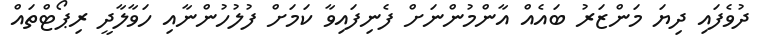
ދުވެފައި ދިޔަ މަންޒަރު ބައެއް އާންމުންނަށް ފެނިފައިވާ ކަމަށް ފުލުހުންނާއި ހަވާލާދީ ރިޕޯޓްތައް